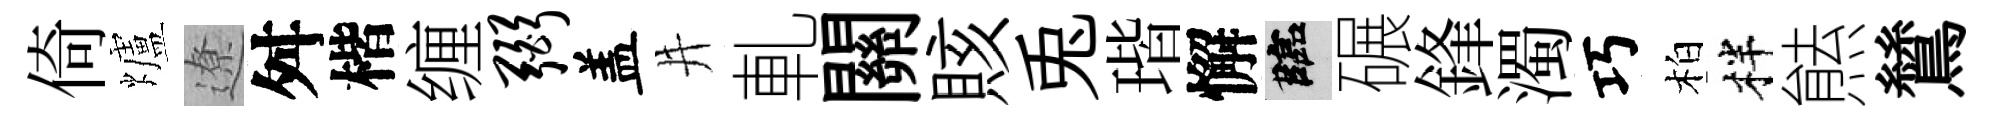
倚爐遼舛楷缠弼盖井軋關賅兎瑎懈臨碾鋒濁巧柏柈㷱鷥